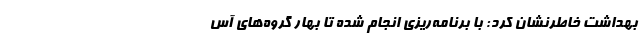
بهداشت خاطرنشان کرد: با برنامه‌ریزی انجام شده تا بهار گروه‌های آس